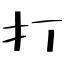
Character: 打